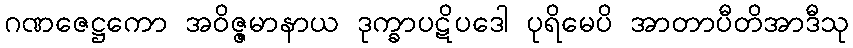
ဂဏဇေဋ္ဌကော အဝိဇ္ဇမာနာယ ဒုက္ခာပဋိပဒေါ ပုရိမေပိ အာတာပီတိအာဒီသု